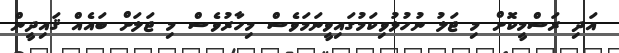
އަދި ރަސްމީކޮށް މި ޖަލު ނުހުޅުވިކަމުގައިވީނަމަވެސް މިހާރުވެސް މި ޖަލަށް ބައެއް ޤައިދީން